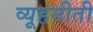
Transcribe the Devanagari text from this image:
व्यूहनीती